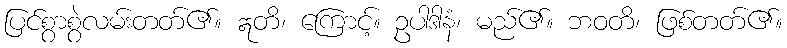
ပြင်စွာစွဲလမ်းတတ်၏။ ဣတိ၊ ကြောင့်။ ဥပါဒါနံ၊ မည်၏။ ဘဝတိ၊ ဖြစ်တတ်၏။